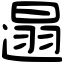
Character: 遢